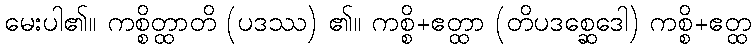
မေးပါ၏။ ကစ္စိတ္ထာတိ (ပဒဿ) ၏။ ကစ္စိ+ဧတ္ထာ (တိပဒစ္ဆေဒေါ) ကစ္စိ+ဧတ္ထ